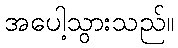
အပေါ့သွားသည်။